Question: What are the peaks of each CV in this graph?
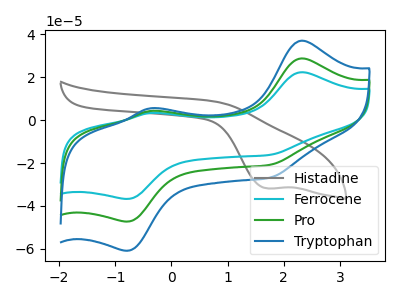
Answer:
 <answer>The gray curve "Histadine" has a cathodic peak at: (1.70V, -31.80uA). The cyan curve "Ferrocene" has anodic peaks at (2.30V, 22.35uA) (-0.40V, 3.30uA) and cathodic peaks at (-0.75V, -36.70uA) (1.75V, -16.20uA). The green curve "Pro" has anodic peaks at (2.30V, 28.75uA) (-0.40V, 4.25uA) and cathodic peaks at (-0.75V, -47.25uA) (1.75V, -20.85uA). The blue curve "Tryptophan" has anodic peaks at (2.30V, 57.50uA) (-0.40V, 8.50uA) and cathodic peaks at (-0.75V, -94.50uA) (1.75V, -41.70uA).</answer>
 <eval></eval>